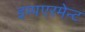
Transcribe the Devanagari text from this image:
इम्पएरमेन्ट